Report on sanitation, dispensaries, and jails in Rajputana for 1920, and on vaccination for the year 1920-1921 - 1920-1921
Year: 1920
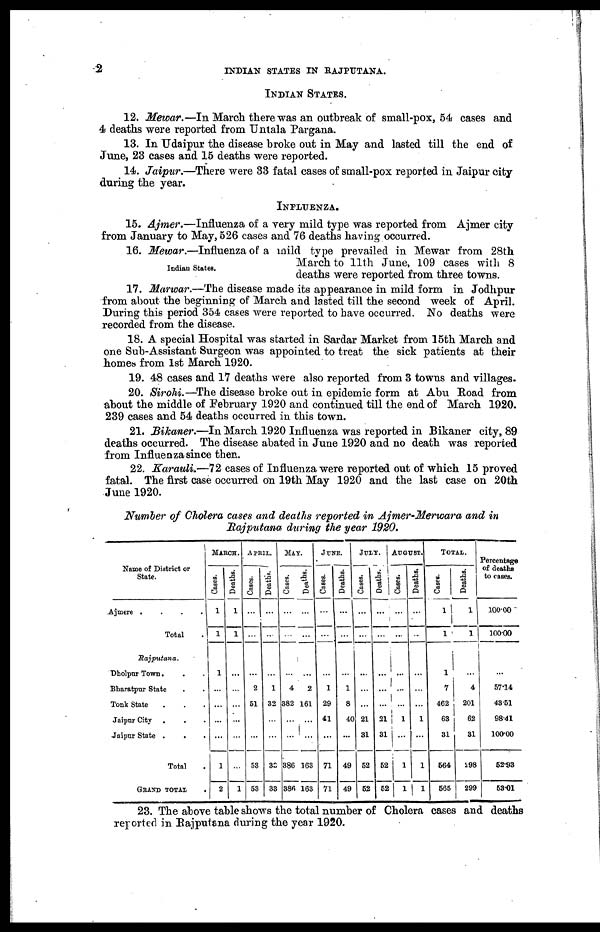
2
INDIAN STATES IN RAJPUTANA.
INDIAN STATES.
12. Mewar.—In March there was an outbreak of small-pox, 54 cases and
4 deaths were reported from Untala Pargana.
13. In Udaipur the disease broke out in May and lasted till the end of
June, 23 cases and 15 deaths were reported.
14. Jaipur.—There were 33 fatal cases of small-pox reported in Jaipur city
during the year.
INFLUENZA.
15. Ajmer.—Influenza of a very mild type was reported from Ajmer city
from January to May, 526 cases and 76 deaths having occurred.
Indian States.
16. Mewar.—Influenza of a mild type prevailed in Mewar from 28th
March to 11th June, 109 cases with 8
deaths were reported from three towns.
17. Marwar.—The disease made its appearance in mild form in Jodhpur
from about the beginning of March and lasted till the second week of April.
During this period 354 cases were reported to have occurred. No deaths were
recorded from the disease.
18. A special Hospital was started in Sardar Market from 15th March and
one Sub-Assistant Surgeon was appointed to treat the sick patients at their
homes from 1st March 1920.
19. 48 cases and 17 deaths were also reported from 3 towns and villages.
20. Sirohi.—The disease broke out in epidemic form at Abu Road from
about the middle of February 1920 and continued till the end of March 1920.
239 cases and 54 deaths occurred in this town.
21. Bikaner.—In March 1920 Influenza was reported in Bikaner city, 89
deaths occurred. The disease abated in June 1920 and no death was reported
from Influenza since then.
22. Karauli.—72 cases of Influenza were reported out of which 15 proved
fatal. The first case occurred on 19th May 1920 and the last case on 20th
June 1920.
Number of Cholera cases and deaths reported in Ajmer-Merwara and in
Rajputana during the year 1920.
Name of District or
State.
Ajmere
.
.
.
.
Total .
Rajputana.
Dholpur Town. . .
Bharatpur State . .
Tonk State . . .
Jaipur City . . .
Jaipur State . . .
Total .
GRAND TOTAL .
MARCH.
Cases.
1
1
1
...
...
...
...
1
2
Deaths.
1
1
...
...
...
...
...
...
1
APRIL.
Cases.
...
...
...
2
51
...
...
53
53
Deaths.
...
...
...
1
32
...
...
33
33
MAY.
Cases.
...
...
...
4
382
...
...
386
386
Deaths.
...
...
...
2
161
...
...
163
163
JUNE.
Cases.
...
...
...
1
29
41
...
71
71
Deaths.
...
...
...
1
8
40
...
49
49
JULY.
Cases.
...
...
...
...
...
21
31
52
52
Deaths.
...
...
...
...
...
21
31
52
52
AUGUST.
Cases.
...
...
...
...
...
1
...
1
1
Deaths.
...
...
...
...
...
1
...
1
1
TOTAL.
Cases.
1
1
1
7
462
63
31
564
565
Deaths.
1
1
...
4
201
62
31
298
299
Percentage
of deaths
to cases.
100.00
100.00
...
57.14
43.51
98.41
100.00
52.93
53.01
23. The above table shows the total number of Cholera cases and deaths
reported in Rajputana during the year 1920.